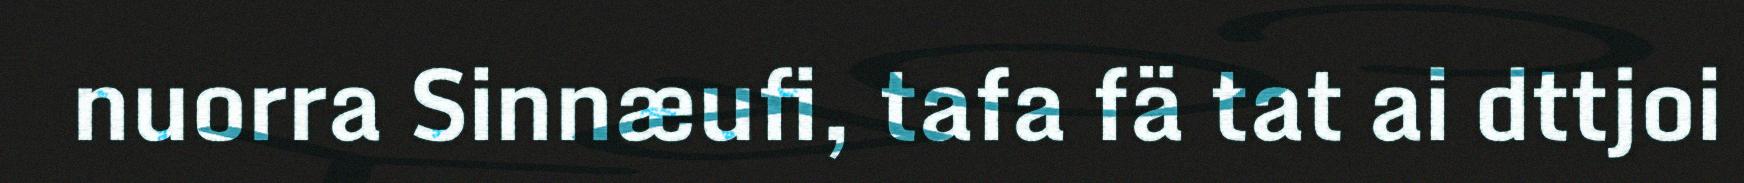
nuorra Sinnæufi, tafa fä tat ai dttjoi